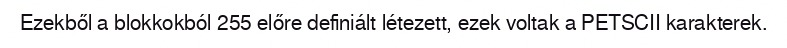
Ezekből a blokkokból 255 előre definiált létezett, ezek voltak a PETSCII karakterek.